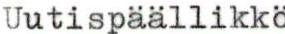
Uutispäällikkö